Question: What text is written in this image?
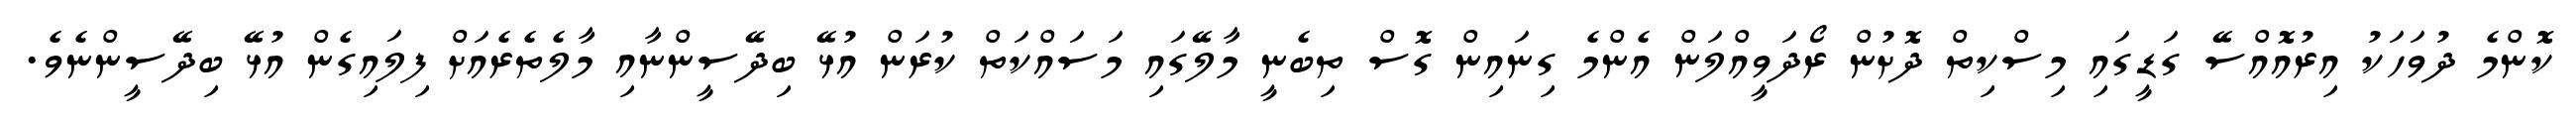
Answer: ކޮންމެ ދުވަހަކު އިރުއޮއްސޭ ގަޑީގައި މިސްކިތް ދޮށުން ރޯދަވީއްލަން އެންމެ ގިނައިން ގޮސް ތިބެނީ މާލޭގައި މަސައްކަތް ކުރަން އުޅޭ ބިދޭސީންނާއި މާލެތެރެއަށް ފިލައިގެން އުޅޭ ބިދޭސީންނެވެ.